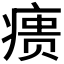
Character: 𰣶